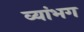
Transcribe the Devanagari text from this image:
व्यांभग